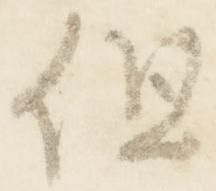
但